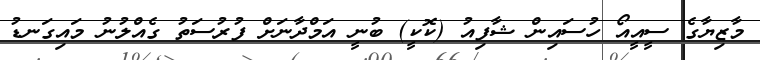
މާޒިޔާގެ ސީއީއޯ ހުސައިން ޝާފިއު (ކޮކީ) ބުނީ އަމްދާނަށް ފުރުސަތު ގެއްލުނު މައިގަނޑު